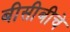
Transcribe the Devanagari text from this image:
बीसीबीचे